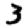
Digit: 3